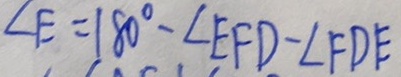
\angle E = 1 8 0 ^ { \circ } - \angle E F D - \angle F D E